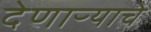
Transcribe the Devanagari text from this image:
देणाऱ्याचे